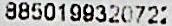
8850199320722